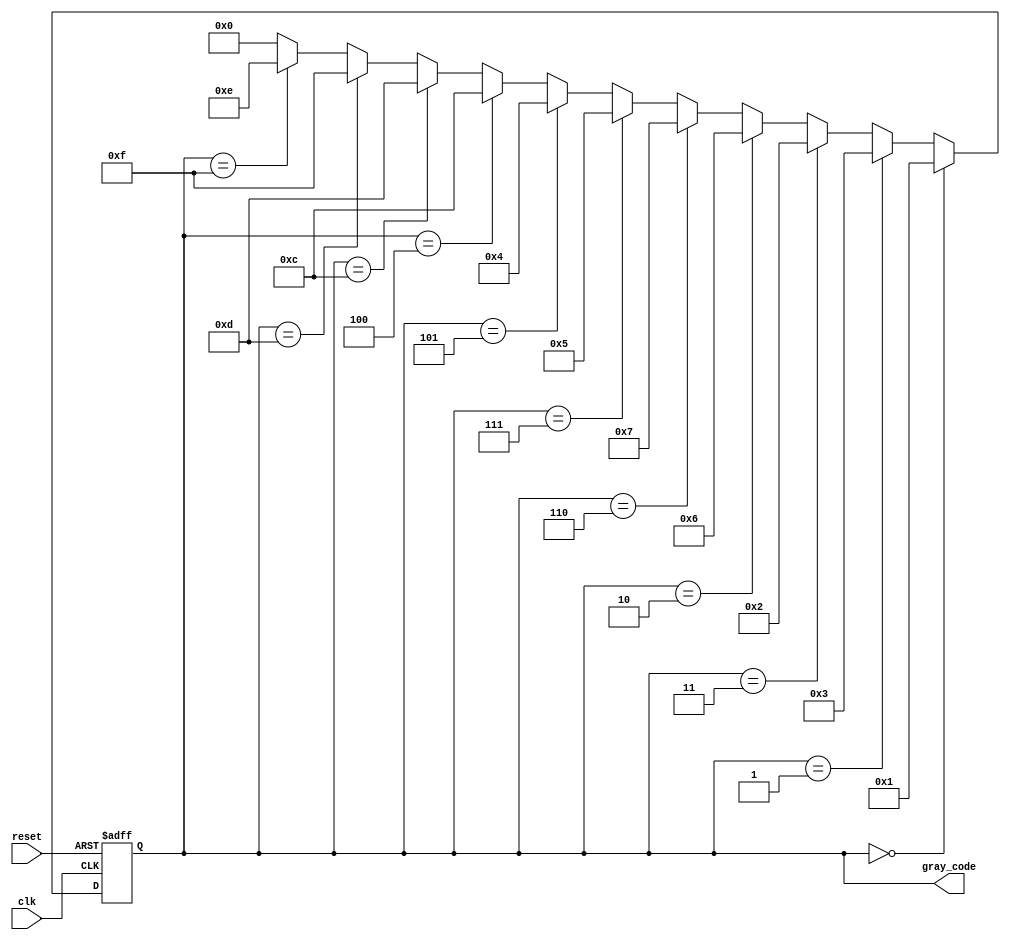
module gray_code_ring_counter(
    input wire clk,
    input wire reset,
    output reg [3:0] gray_code
);

reg [3:0] next_gray_code;

always @ (posedge clk or posedge reset) begin
    if (reset) begin
        gray_code <= 4'b0000;
    end else begin
        gray_code <= next_gray_code;
    end
end

always @ (*) begin
    if (gray_code == 4'b0000) begin
        next_gray_code = 4'b0001;
    end else if (gray_code == 4'b0001) begin
        next_gray_code = 4'b0011;
    end else if (gray_code == 4'b0011) begin
        next_gray_code = 4'b0010;
    end else if (gray_code == 4'b0010) begin
        next_gray_code = 4'b0110;
    end else if (gray_code == 4'b0110) begin
        next_gray_code = 4'b0111;
    end else if (gray_code == 4'b0111) begin
        next_gray_code = 4'b0101;
    end else if (gray_code == 4'b0101) begin
        next_gray_code = 4'b0100;
    end else if (gray_code == 4'b0100) begin
        next_gray_code = 4'b1100;
    end else if (gray_code == 4'b1100) begin
        next_gray_code = 4'b1101;
    end else if (gray_code == 4'b1101) begin
        next_gray_code = 4'b1111;
    end else if (gray_code == 4'b1111) begin
        next_gray_code = 4'b1110;
    end else begin
        next_gray_code = 4'b0000;
    end
end

endmodule